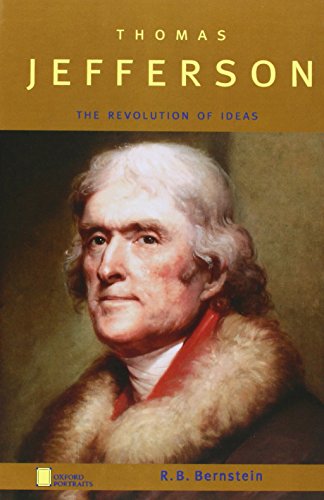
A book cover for Thomas Jefferson: The Revolution of Ideas (Oxford Portraits); R. B. Bernstein; Teen & Young Adult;